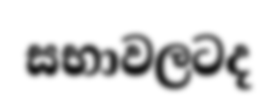
සභාවලටද